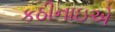
કઠીનાઇએ